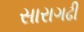
સારાગઢી